Vaccination Hyderabad 1872-1889 - 1872-1889
Year: 1872
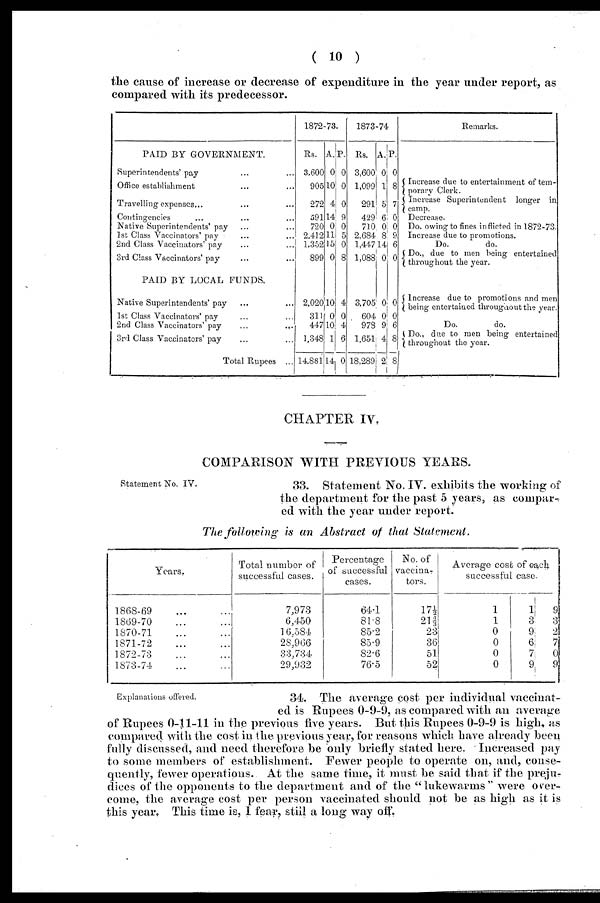
( 10 )
the cause of increase or decrease of expenditure in the year under report, as
compared with its predecessor.
PAID BY GOVERNMENT.
Superintendents' pay ... ...
Office establishment ... ...
Travelling expenses... ... ...
Contingencies ... ... ...
Native Superintendents' pay ... ...
1st Class Vaccinators' pay ... ...
2nd Class Vaccinators' pay ... ...
3rd Class Vaccinators' pay ... ...
PAID BY LOCAL FUNDS.
Native Superintendents' pay ... ...
1st Class Vaccinators' pay ... ...
2nd Class Vaccinators' pay
...
...
3rd Class Vaccinators' pay ... ...
Total Rupees ...
1872-73.
Rs.
3,600
905
272
591
720
2,412
1,352
899
2,020
311
447
1,348
14,881
A.
0
10
4
14
0
11
15
0
10
0
10
1
14
P.
0
0
0
9
0
5
0
8
4
0
4
6
0
1873-74
Rs.
3,600
1,099
291
429
710
2,684
1,447
1,088
3,705
604
978
1,651
18,289
A.
0
1
5
6
0
8
14
0
0
0
9
4
2
P.
0
8
7
0
0
9
6
0
0
0
6
8
8
Remarks.
Increase due to entertainment of tem¬
porary Clerk.
Increase Superintendent longer in
camp.
Decrease.
Do. owing to fines inflicted in 1872-73.
Increase due to promotions.
Do.
do.
Do., due to men being entertained
throughout the year.
Increase due to promotions and men
being entertained throughout the year.
Do.
do.
Do., due to men being entertained
throughout the year.
CHAPTER IV.
COMPARISON WITH PREVIOUS YEARS.
Statement No. IV.
33. Statement No. IV. exhibits the working of
the department for the past 5 years, as compar¬
ed with the year under report.
The following is an Abstract of that Statement.
Years.
1868-69 ... ...
1869-70 ... ...
1870-71 ... ...
1871-72 ... ...
1872-73 ... ...
1873-74 ... ...
Total number of
successful cases.
7,973
6,450
16,584
28,966
33,734
29,932
Percentage
of successful
cases.
64.1
81.8
85.2
85.9
82.6
76.5
No. of
vaccina¬
tors.
17½
212/3
23
36
51
52
Average cost of each
successful case.
1
1
0
0
0
0
1
3
9
6
7
9
9
3
2
7
0
9
Explanations offered.
34. The average cost per individual vaccinat-
ed is Rupees 0-9-9, as compared with an average
of Rupees 0-11-11 in the previous five years. But this Rupees 0-9-9 is high, as
compared with the cost in the previous year, for reasons which have already been
fully discussed, and need therefore be only briefly stated here. Increased pay
to some members of establishment. Fewer people to operate on, and, conse-
quently, fewer operations. At the same time, it must be said that if the preju-
dices of the opponents to the department and of the "lukewarms" were over-
come, the average cost per person vaccinated should not be as high as it is
this year. This time is, I fear, still a long way off.